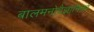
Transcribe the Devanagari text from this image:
बालमनोवैज्ञानिकों